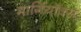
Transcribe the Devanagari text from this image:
मार्गियॉक्स